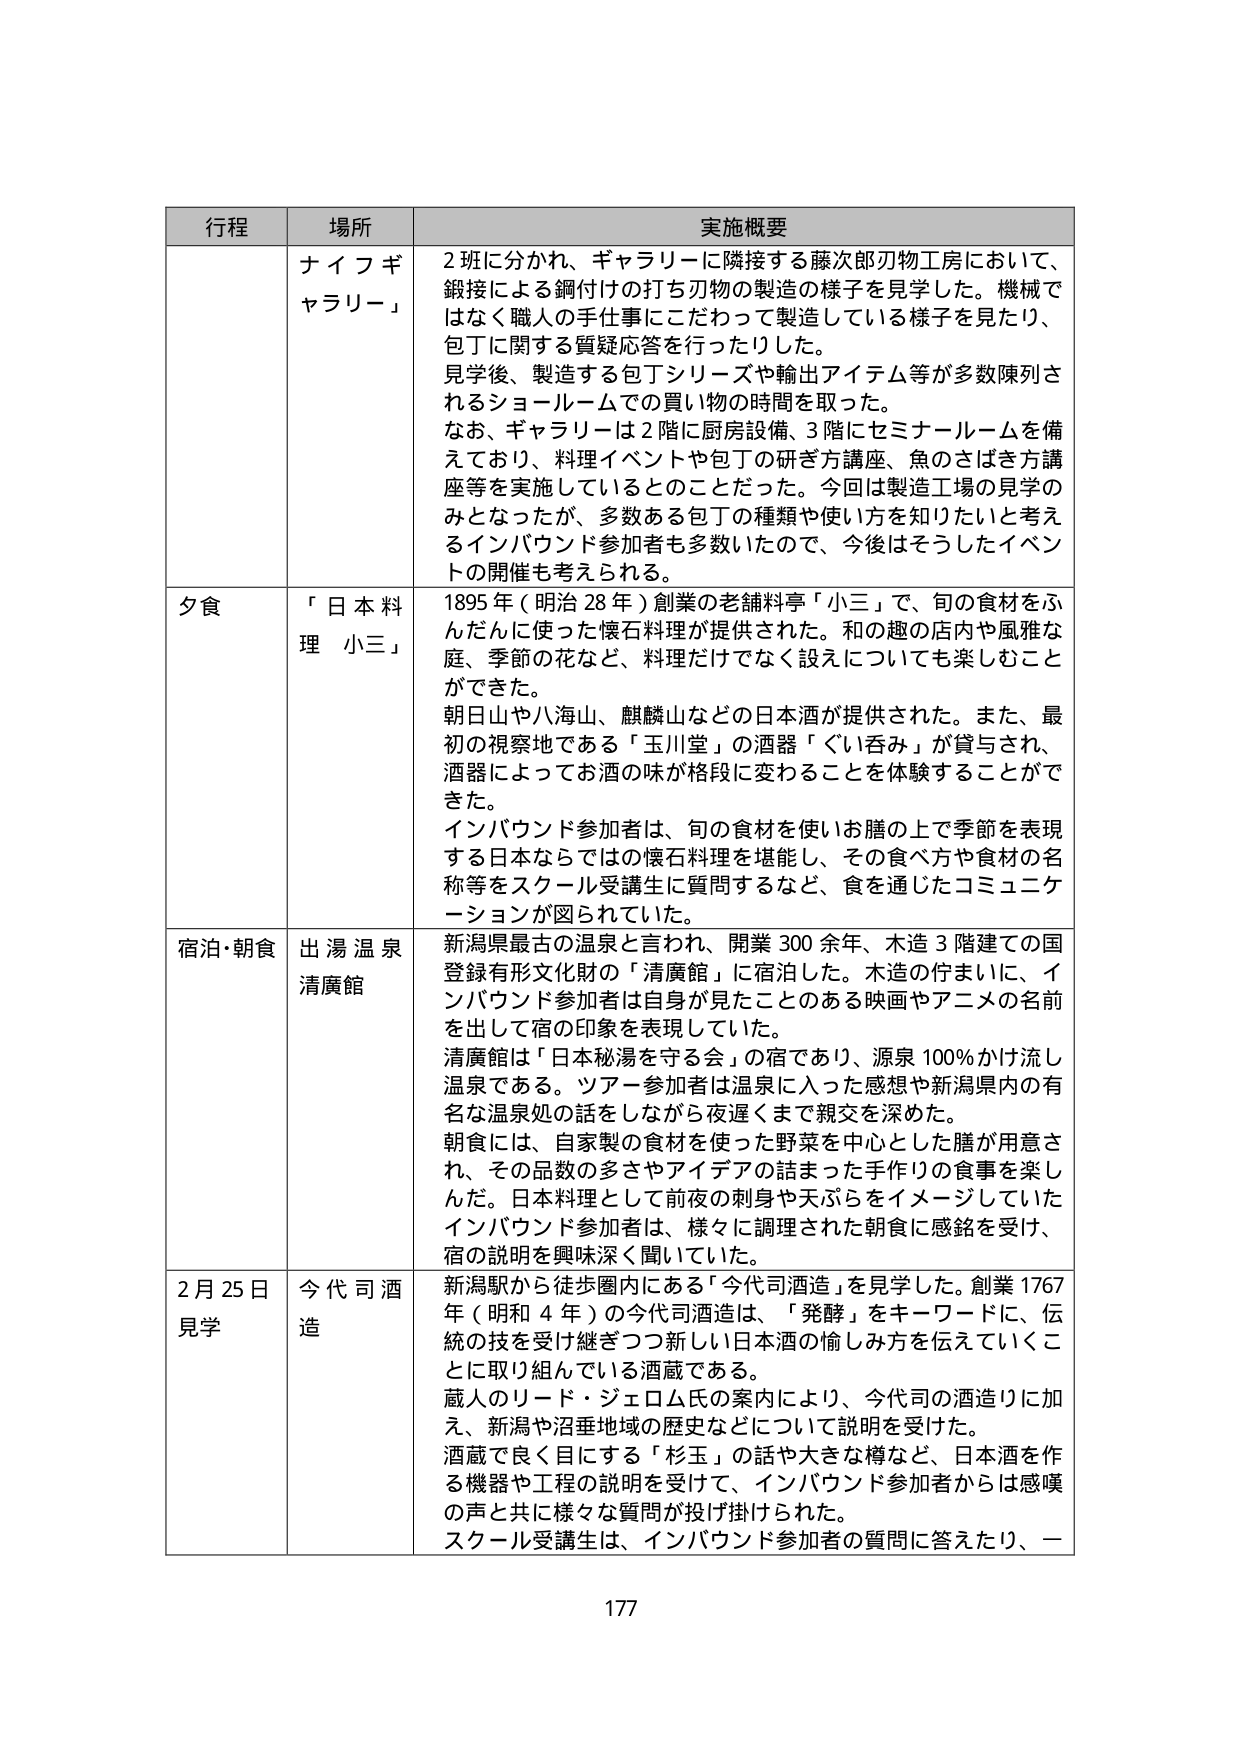
行程 場所 実施概要
ナイフギャラリー」 2班に分かれ、ギャラリーに隣接する藤次郎刃物工房において、鍛接による鋼付けの打ち刃物の製造の様子を見学した。機械ではなく職人の手仕事にこだわって製造している様子を見たり、包丁に関する質疑応答を行ったりした。 見学後、製造する包丁シリーズや輸出アイテム等が多数陳列されるショールームでの買い物の時間を取った。 なお、ギャラリーは2階に厨房設備、3階にセミナールームを備えており、料理イベントや包丁の研ぎ方講座、魚のさばき方講座等を実施しているとのことだった。今回は製造工場の見学のみとなったが、多数ある包丁の種類や使い方を知りたいと考えるインバウンド参加者も多数いたので、今後はそうしたイベントの開催も考えられる。
夕食 「日本料理 小三」 1895年（明治28年）創業の老舗料亭「小三」で、旬の食材をふんだんに使った懐石料理が提供された。和の趣の店内や風雅な庭、季節の花など、料理だけでなく設えについても楽しむことができた。 朝日山や八海山、麒麟山などの日本酒が提供された。また、最初の視察地である「玉川堂」の酒器「ぐい呑み」が貸与され、酒器によってお酒の味が格段に変わることを体験することができた。 インバウンド参加者は、旬の食材を使いお膳の上で季節を表現する日本ならではの懐石料理を堪能し、その食べ方や食材の名称等をスクール受講生に質問するなど、食を通じたコミュニケーションが図られていた。
宿泊・朝食 出湯温泉 清廣館 新潟県最古の温泉と言われ、開業300余年、木造3階建ての国登録有形文化財の「清廣館」に宿泊した。木造の佇まいに、インバウンド参加者は自身が見たことのある映画やアニメの名前を出して宿の印象を表現していた。 清廣館は「日本秘湯を守る会」の宿であり、源泉100％かけ流し温泉である。ツアー参加者は温泉に入った感想や新潟県内の有名な温泉処の話をしながら夜遅くまで親交を深めた。 朝食には、自家製の食材を使った野菜を中心とした膳が用意され、その品数の多さやアイデアの詰まった手作りの食事を楽しんだ。日本料理として前夜の刺身や天ぷらをイメージしていたインバウンド参加者は、様々に調理された朝食に感銘を受け、宿の説明を興味深く聞いていた。
2月25日 見学 今代司酒造 新潟駅から徒歩圏内にある「今代司酒造」を見学した。創業1767年（明和4年）の今代司酒造は、「発酵」をキーワードに、伝統の技を受け継ぎつつ新しい日本酒の愉しみ方を伝えていくことに取り組んでいる酒蔵である。 蔵人のリード・ジェロム氏の案内により、今代司の酒造りに加え、新潟や沼垂地域の歴史などについて説明を受けた。 酒蔵で良く目にする「杉玉」の話や大きな樽など、日本酒を作る機器や工程の説明を受けて、インバウンド参加者からは感嘆の声と共に様々な質問が投げ掛けられた。 スクール受講生は、インバウンド参加者の質問に答えたり、一
177